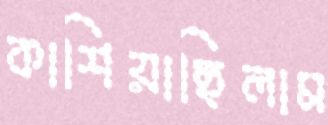
কাশিয়াছিলাম